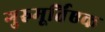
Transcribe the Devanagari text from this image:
गुरुमूर्तिएक